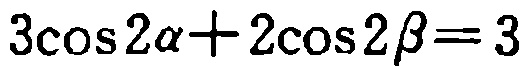
\(3\cos 2\alpha + 2\cos 2\beta = 3\)